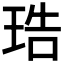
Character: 𤥢